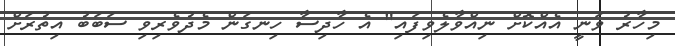
މިހާރު ވަނީ އެއްކޮށް ނިއްވާލެވިފައި" އެ ހާދިސާ ހިނގަން މެދުވެރިވި ސަބަބު އިތުރަށް